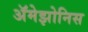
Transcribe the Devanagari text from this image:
ॲमेझोनिस